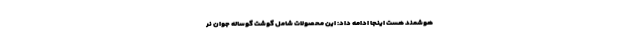
هوشمند هست اینجا ادامه داد: این محصولات شامل گوشت گوساله جوان نر